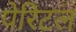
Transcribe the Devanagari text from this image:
पेरिटल